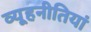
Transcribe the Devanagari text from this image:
व्यूहनीतियां